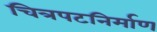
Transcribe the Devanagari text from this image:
चित्रपटनिर्माण